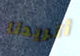
أتريدنا